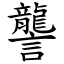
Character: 讋